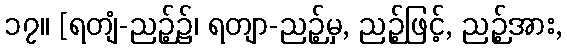
၁၇။ [ရတျံ-ညဉ့်၌၊ ရတျာ-ညဉ့်မှ, ညဉ့်ဖြင့်, ညဉ့်အား,